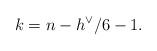
LaTeX: \begin{align*}k=n-h^{\vee}/6-1.\end{align*}